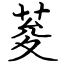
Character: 荾